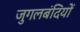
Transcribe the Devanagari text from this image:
जुगलबंदियों